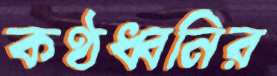
কণ্ঠধ্বনির